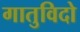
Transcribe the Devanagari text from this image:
गातुविदो